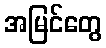
အမြင်တွေ